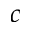
c